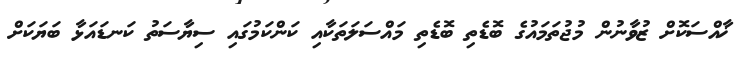
ޚާއްސަކޮށް ޒުވާނުން މުޖުތަމައުގެ ބޮޑެތި ބޮޑެތި މައްސަލަތަކާއި ކަންކަމުގައި ސިޔާސަތު ކަނޑައަޅާ ބަޔަކަށް